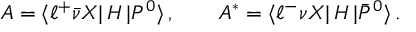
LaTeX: A = \langle \ell ^ { + } \bar { \nu } X | \, { \cal H } \, | P ^ { 0 } \rangle \, , \qquad A ^ { * } = \langle \ell ^ { - } \nu X | \, { \cal H } \, | \bar { P } ^ { 0 } \rangle \, .